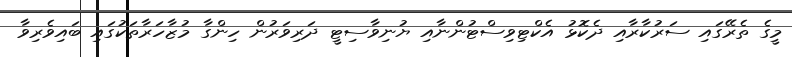
މީގެ ތެރޭގައި ސަރުކާރާއި ދެކޮޅު އެކްޓިވިސްޓުންނާއި ޔުނިވާސިޓީ ދަރިވަރުން ހިންގާ މުޒާހަރާތަކުގައި ބައިވެރިވާ